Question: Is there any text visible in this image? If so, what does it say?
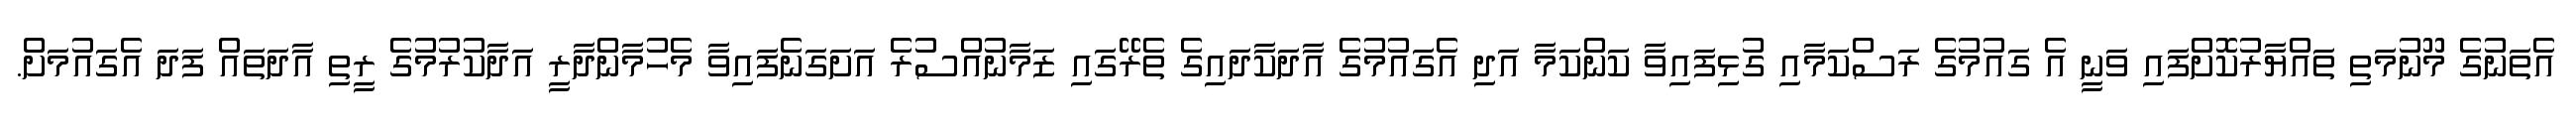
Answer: އެތަނުގެ މޫނުމަތި ތައްޔާރުކޮށްފައި ވަނީ އެ ގައުމުގެ ރަސްކަމާއި ގުޅިފައިވާ ކަންކަމާ އަދި އެގައުމުގެ އާދަކާދައިގެ ތެރޭގައި ޒަމާނުއްސުރެ އަށަގަނެފައިވާ މެހުމާންދާރީ އަދާކުރުމުގެ ރީތި އާދަތައް ފަދަ އެގައުމަށް.